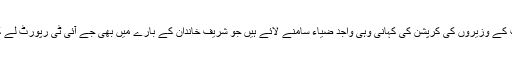
ایک دوسرے ٹویٹ میں حامد میر کا کہنا تھا کہ عمران خان کے دور میں ان کی پارٹی اور حکومت کے وزیروں کی کرپشن کی کہانی وہی واجد ضیاء سامنے لائے ہیں جو شریف خاندان کے بارے میں بھی جے آئی ٹی رپورٹ لے کر آئے تھے، اس وقت نواز شریف کی حکومت تھی، کریڈٹ حکومت کو نہیں، واجد ضیاء کو ملا ۔